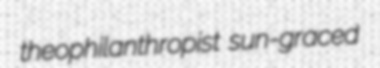
theophilanthropist sun-graced